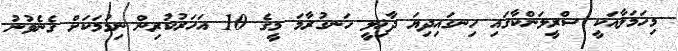
މިހަމަލާއަކީ ސްރީލަންކާގައި ހިނގައިދިޔަ ދާޚިލީ ހަނގުރާމަ މީގެ 10 އަހަރުކުރިން ނިމުމަކަށް ގެނެވުނު